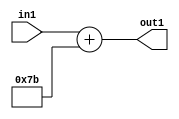
`timescale 1ps / 1ps
/*****************************************************************************
    Verilog RTL Description
    
    
    Created by: Stratus DpOpt 2019.1.01 
*******************************************************************************/

module DC_Filter_Add_12U_238_4 (
	in1,
	out1
	); /* architecture "behavioural" */ 
input [11:0] in1;
output [11:0] out1;
wire [11:0] asc001;

assign asc001 = 
	+(in1)
	+(12'B000001111011);

assign out1 = asc001;
endmodule

/* CADENCE  urnxTAg= : u9/ySgnWtBlWxVPRXgAZ4Og= ** DO NOT EDIT THIS LINE ******/